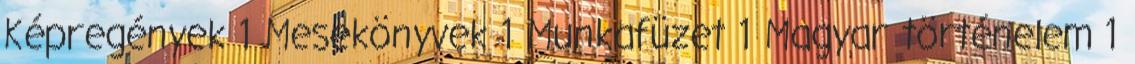
Képregények 1 Mesekönyvek 1 Munkafüzet 1 Magyar történelem 1